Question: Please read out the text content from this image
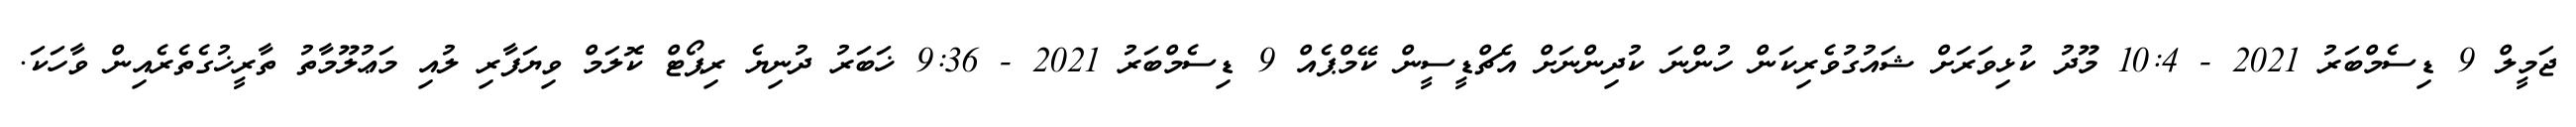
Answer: ޖަމީލް 9 ޑިސެމްބަރު 2021 - 10:4 މޫދު ކުޅިވަރަށް ޝައުގުވެރިކަން ހުންނަ ކުދިންނަށް އެޗްޑީސީން ކޭމްޕެއް 9 ޑިސެމްބަރު 2021 - 9:36 ޚަބަރު ދުނިޔެ ރިޕޯޓް ކޮލަމް ވިޔަފާރި ލުއި މަޢުލޫމާތު ތާރީޚުގެތެރެއިން ވާހަކަ.